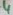
Text: 4